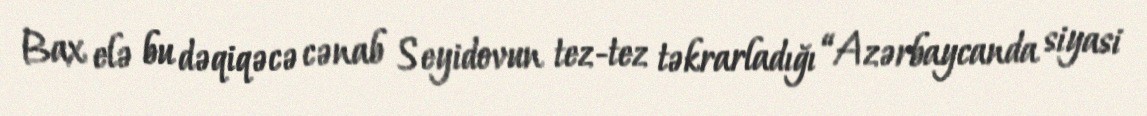
Bax elə bu dəqiqəcə cənab Seyidovun tez-tez təkrarladığı “Azərbaycanda siyasi